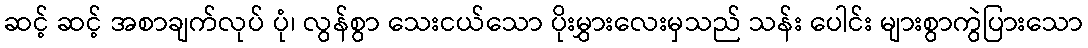
ဆင့် ဆင့် အစာချက်လုပ် ပုံ၊ လွန်စွာ သေးငယ်သော ပိုးမွှားလေးမှသည် သန်း ပေါင်း များစွာကွဲပြားသော